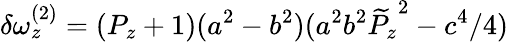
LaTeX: \delta\omega_{z}^{(2)}=(P_{z}+1)(a^{2}-b^{2})(a^{2}b^{2}{\widetilde{P}_{z}}^{2}-c^{4}/4)